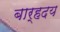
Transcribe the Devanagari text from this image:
बार्हदय